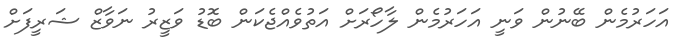
އަހަރުމެން ބޭނުން ވަނީ އަހަރުމެން ލާހޯރަށް އަތުވެއްޖެކަން ބޮޑު ވަޒީރު ނަވާޒް ޝަރީފަށް